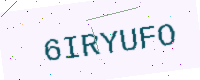
Text: 6IRYUFO